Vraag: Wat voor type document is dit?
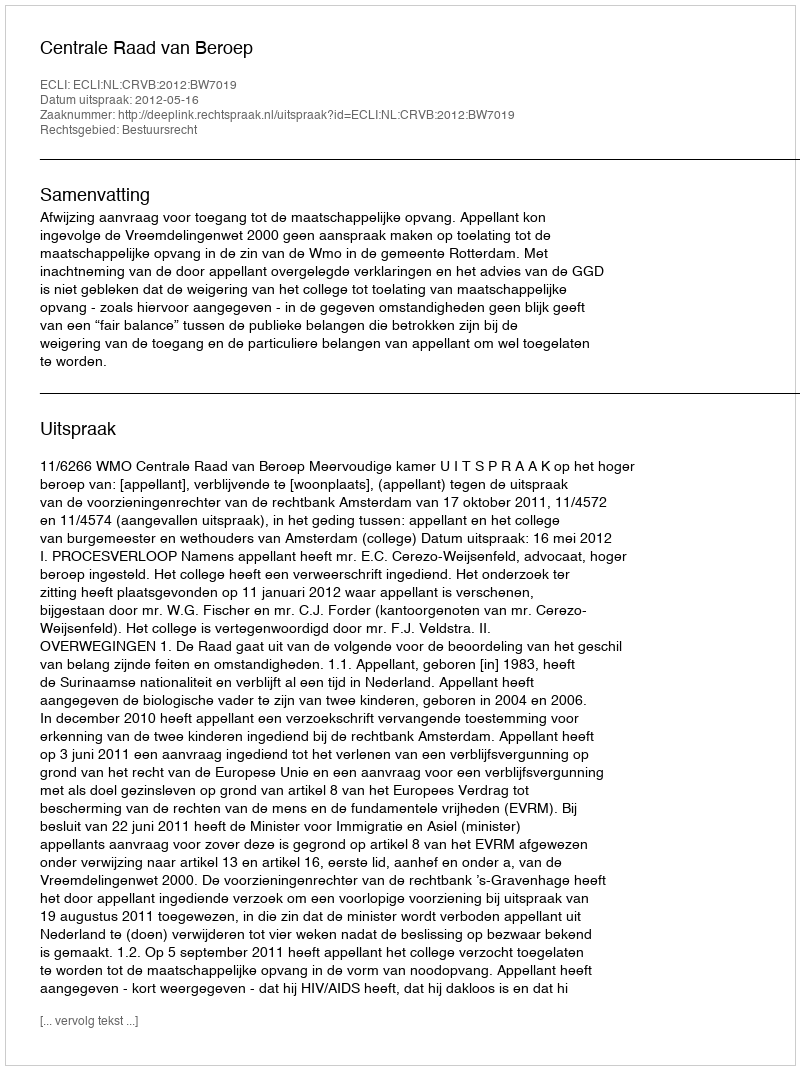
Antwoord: Uitspraak